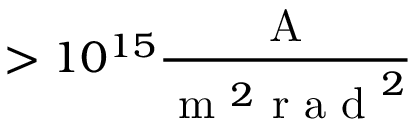
> 1 0 ^ { 1 5 } \frac { \mathrm { ~ A ~ } } { \mathrm { ~ m ~ } ^ { 2 } \mathrm { ~ r ~ a ~ d ~ } ^ { 2 } }